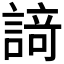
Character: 𮘩